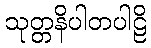
သုတ္တနိပါတပါဠိ